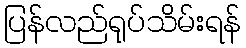
ပြန်လည်ရုပ်သိမ်းရန်